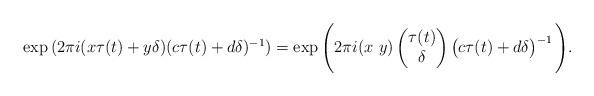
LaTeX: \begin{align*}\exp{(2\pi i (x\tau(t)+y\delta)(c\tau(t)+d\delta)^{-1})}=\exp{\Bigg(2\pi i (x \ y)\begin{pmatrix} \tau(t)\\\delta\end{pmatrix}\begin{pmatrix}c\tau(t)+d\delta\end{pmatrix}^{-1}\Bigg)}.\end{align*}